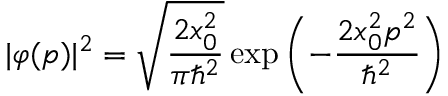
| \varphi ( p ) | ^ { 2 } = { \sqrt { \frac { 2 x _ { 0 } ^ { 2 } } { \pi \hbar ^ { 2 } } } } \exp { \left( - { \frac { 2 x _ { 0 } ^ { 2 } p ^ { 2 } } { \hbar ^ { 2 } } } \right) }